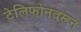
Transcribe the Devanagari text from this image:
टेलिफोनवरून